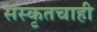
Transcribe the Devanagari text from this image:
संस्कृतचाही